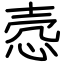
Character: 悫